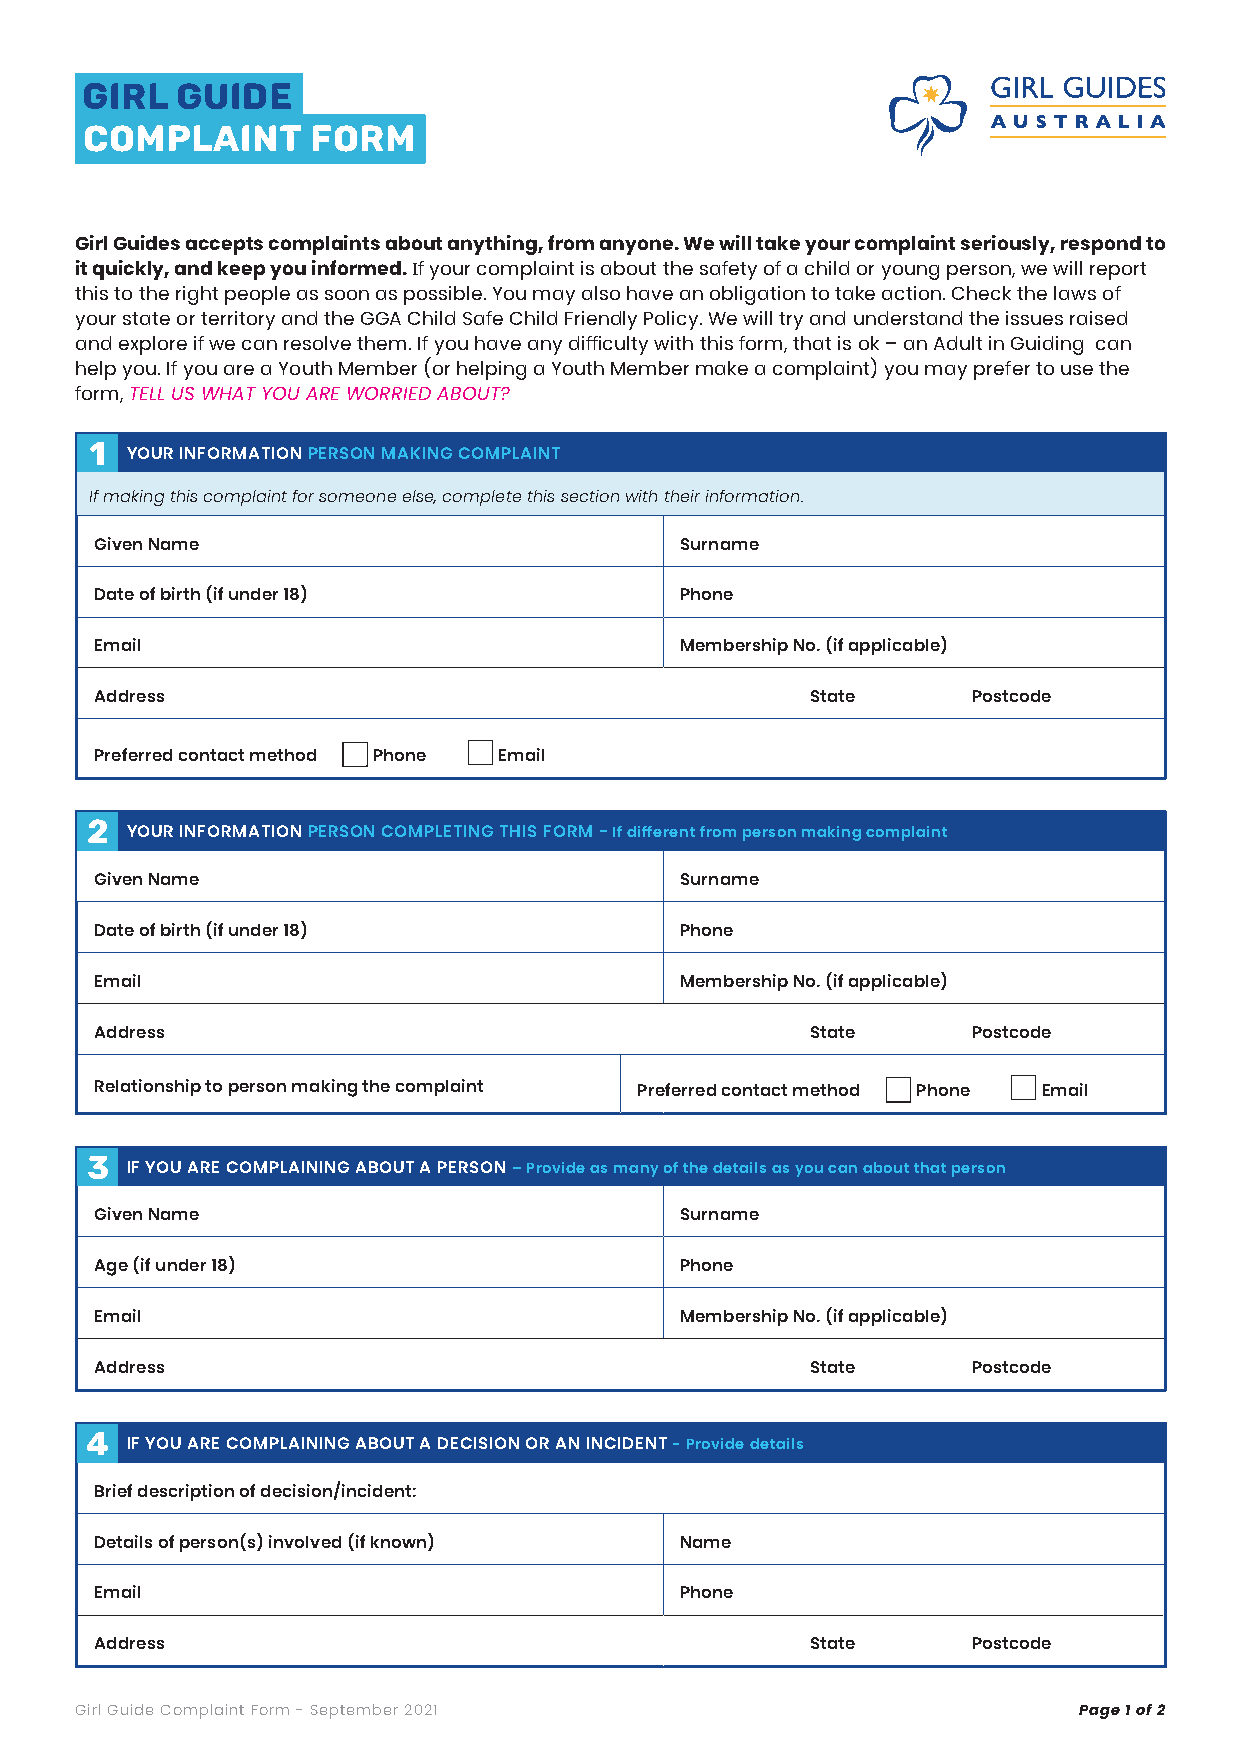
gIRL   GUIDE
 complaint       form
 Girl Guides accepts complaints about anything, from anyone. We will take your complaint seriously, respond to
 it quickly, and keep you informed. If your complaint is about the safety of a child or young person, we will report
 this to the right people as soon as possible. You may also have an obligation to take action. Check the laws of
 your state or territory and the GGA Child Safe Child Friendly Policy. We will try and understand the issues raised
 and explore if we can resolve them. If you have any difficulty with this form, that is ok – an Adult in Guiding can
 help you. If you are a Youth Member (or helping a Youth Member make a complaint) you may prefer to use the
 form, TELL US WHAT YOU ARE WORRIED ABOUT?
 1
 YOUR INFORMATION PERSON MAKING COMPLAINT
 If making this complaint for someone else, complete this section with their information.
 Given Name                             Surname
 Date of birth (if under 18)            Phone
 Email                                  Membership No. (if applicable)
 Address                                         State     Postcode
 Preferred contact method Phone Email
 2
 YOUR INFORMATION PERSON COMPLETING THIS FORM - If different from person making complaint
 Given Name                             Surname
 Date of birth (if under 18)            Phone
 Email                                  Membership No. (if applicable)
 Address                                         State     Postcode
 Relationship to person making the complaint Preferred contact method Phone Email
 3
 IF YOU ARE COMPLAINING ABOUT A PERSON – Provide as many of the details as you can about that person
 Given Name                             Surname
 Age (if under 18)                      Phone
 Email                                  Membership No. (if applicable)
 Address                                         State     Postcode
 4
 IF YOU ARE COMPLAINING ABOUT A DECISION OR AN INCIDENT - Provide details
 Brief description of decision/incident:
 Details of person(s) involved (if known) Name
 Email                                  Phone
 Address                                         State     Postcode
 Girl Guide Complaint Form - September 2021                        Page 1 of 2